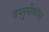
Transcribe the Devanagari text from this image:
वस्तुमीमांसा